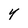
Character: Y